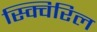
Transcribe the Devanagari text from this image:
स्क्विरिल